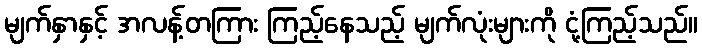
မျက်နှာနှင့် အလန့်တကြား ကြည့်နေသည့် မျက်လုံးများကို ငုံ့ကြည့်သည်။